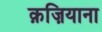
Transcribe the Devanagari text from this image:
क़ज़ियाना